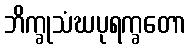
ဘိက္ခုသံဃပုရက္ခတော